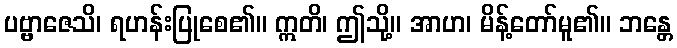
ပဗ္ဗာဇေသိ၊ ရဟန်းပြုစေ၏။ ဣတိ၊ ဤသို့။ အာဟ၊ မိန့်တော်မူ၏။ ဘန္တေ